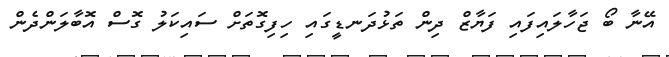
އޭނާ ބޯ ޖަހާލައިފައި ފަޔާޒް ދިން ތަޅުދަނޑީގައި ހިފިގޮތަށް ސައިކަލު ގޮސް އޮބާލަންދެން